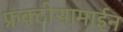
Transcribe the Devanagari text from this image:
फ्रक्टोसामाईन